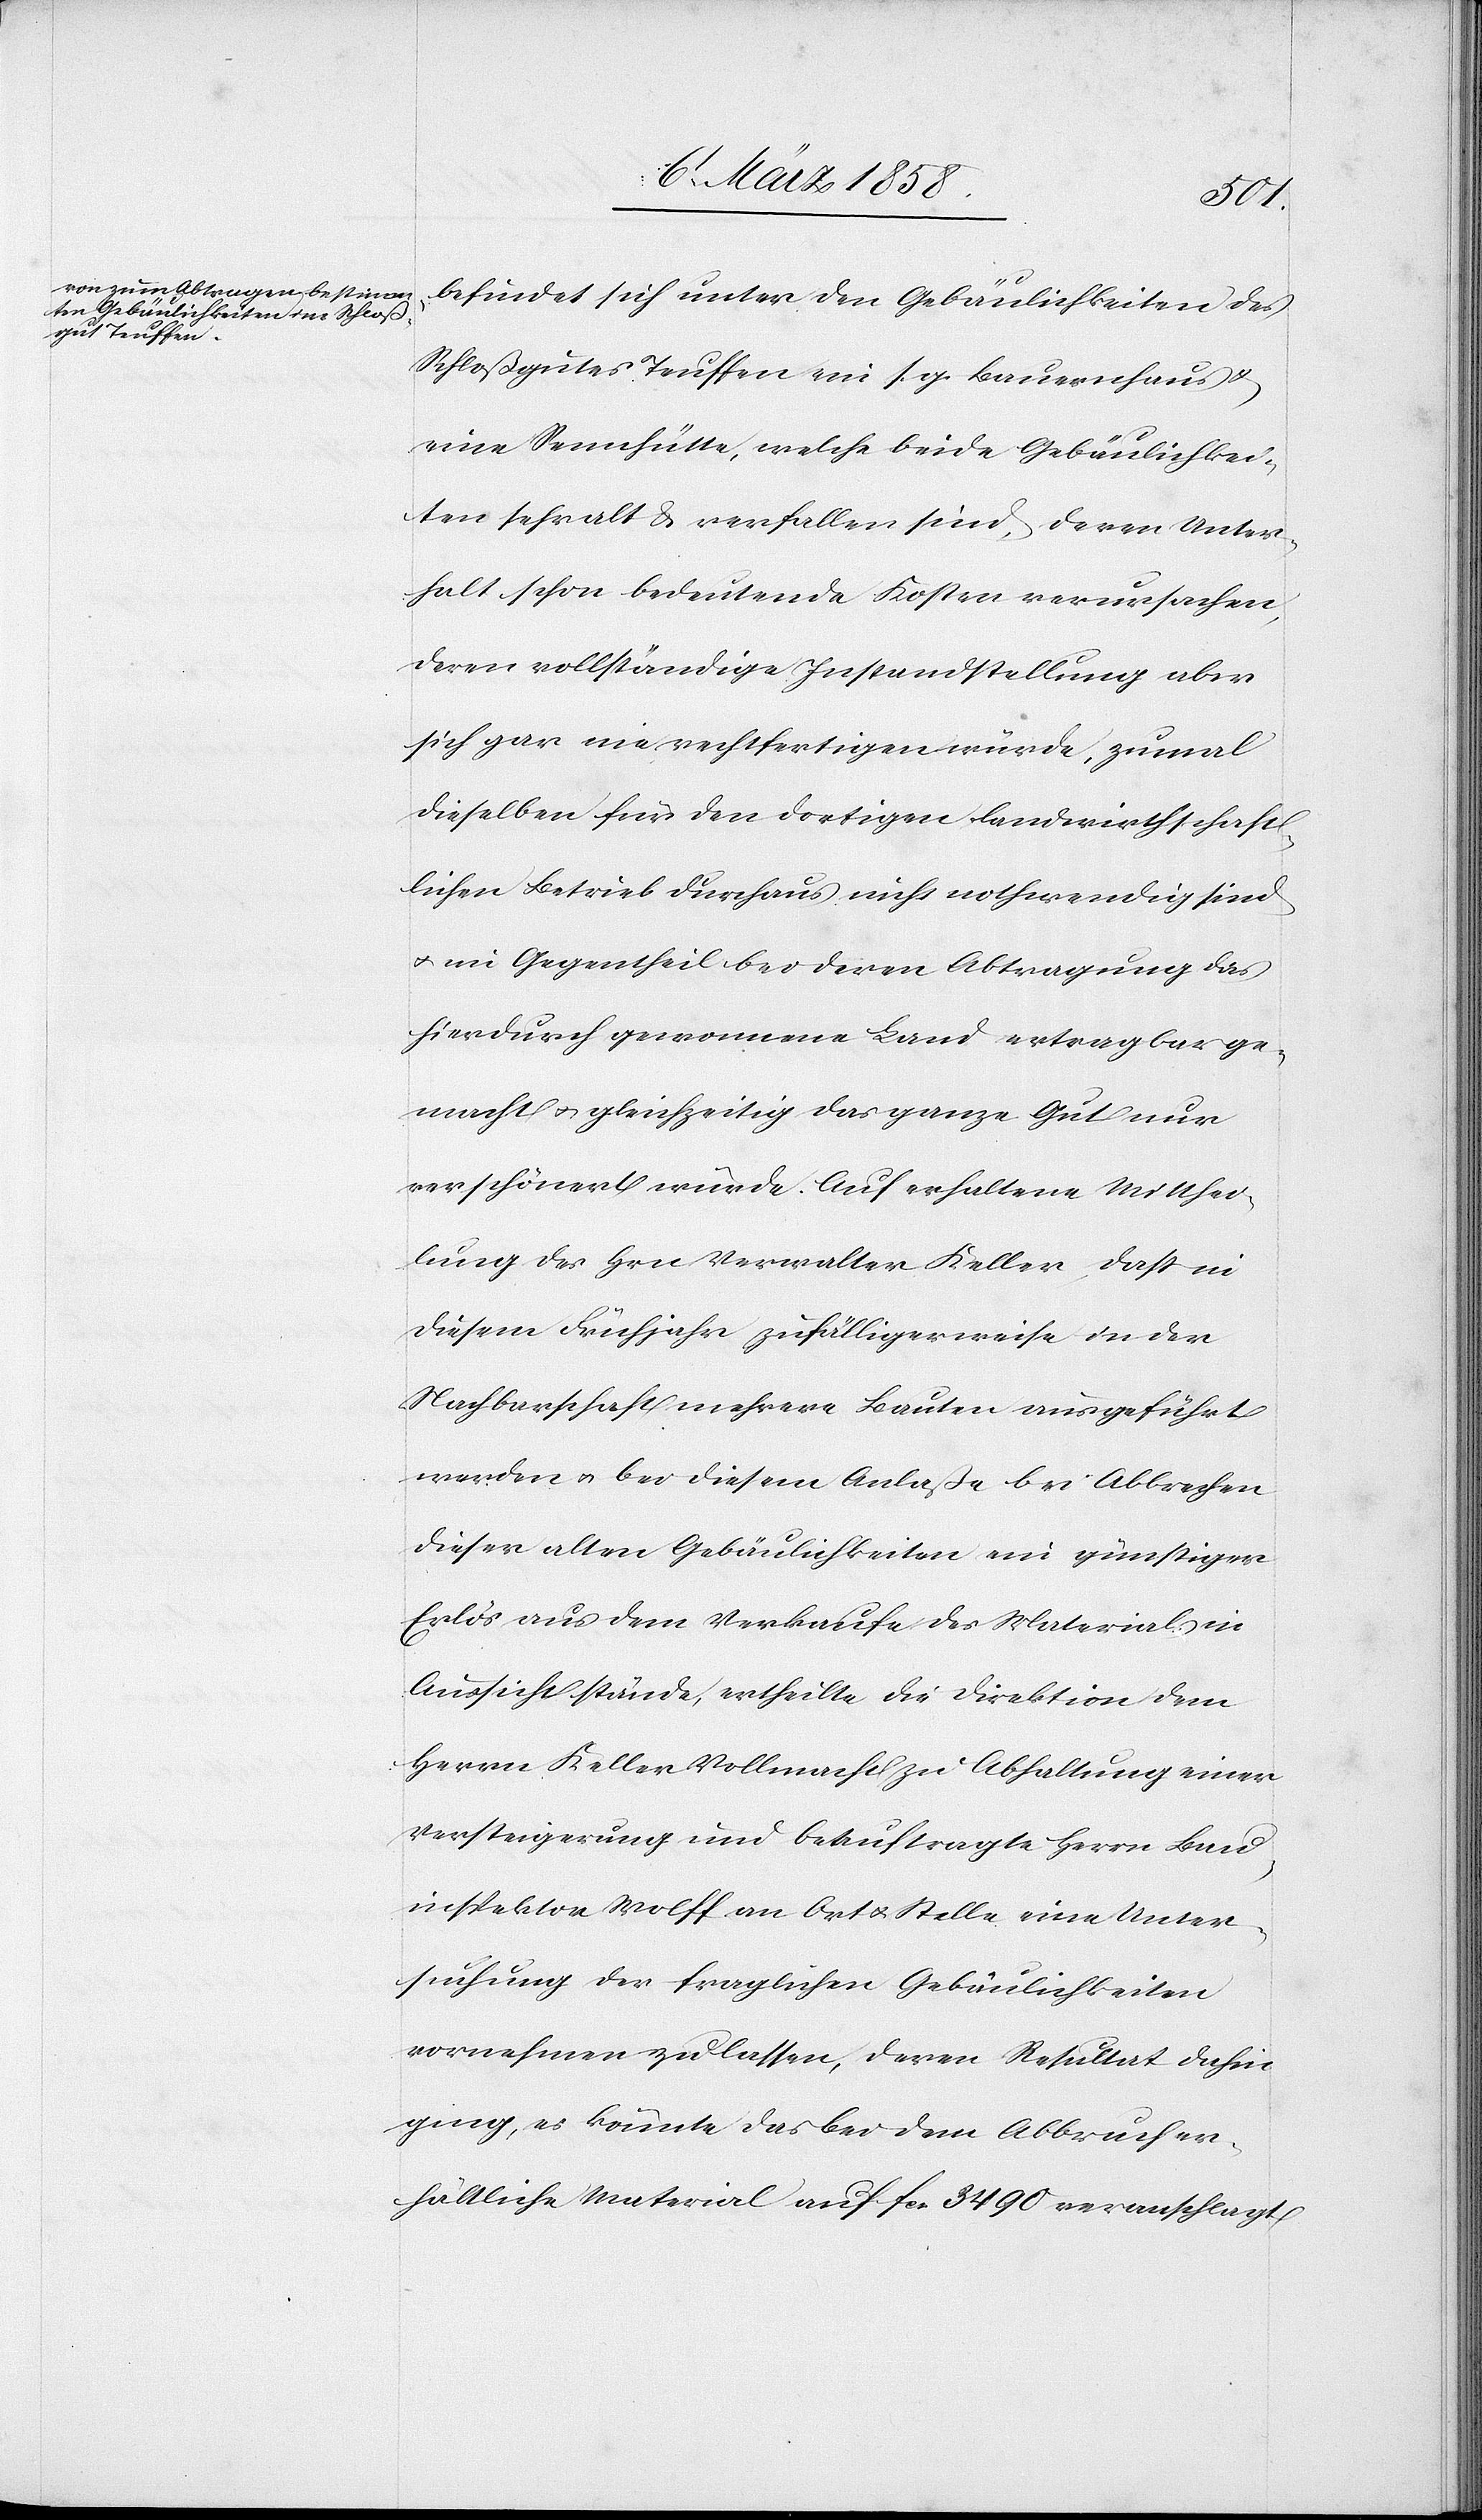
befindet sich unter den Gebäulichkeiten des
Schloßgutes Teuffen ein s. g. Bauernhaus u.
eine Sennhütte, welche beide Gebäulichkei¬
ten sehr alt & verfallen sind, deren Unter¬
halt schon bedeutende Kosten verursachen,
deren vollständige Instandstellung aber
sich gar nie rechtfertigen würde, zumal
dieselben für den dortigen landwirthschaft¬
lichen Betrieb durchaus nicht nothwendig sind
u. im Gegentheil bei deren Abtragung das
hierdurch gewonnene Land ertragbar ge¬
macht u. gleichzeitig das ganze Gut nur
verschönert würde. Auf erhaltene Mitthei¬
lung des Hrn Verwalter Keller, daß in
diesem Frühjahr zufälligerweise in der
Nachbarschaft mehrere Bauten ausgeführt
werden u. bei diesem Anlaße bei Abbrechen
dieser alten Gebäulichkeiten ein günstiger
Erlös aus dem Verkaufe des Materials in
Aussicht stände, ertheilte die Direktion dem
Herrn Keller Vollmacht zu Abhaltung einer
Versteigerung und beauftragte Herrn Bau¬
inspektor Wolff an Ort u. Stelle eine Unter¬
suchung der fraglichen Gebäulichkeiten
vornehmen zu lassen, deren Resultat dahin
ging, es könnte das bei dem Abbruch er¬
hältliche Material auf fcs. 3490 veranschlagt